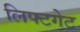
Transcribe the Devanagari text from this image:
लिफ्टगेट